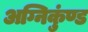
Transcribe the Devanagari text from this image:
अग्निकुंण्ड